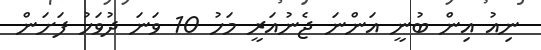
ނިއު އިން ބުނީ އަންނަ ޖެނުއަރީ މަހު 10 ވަނަ ދުވަހު ފަށަން